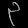
Digit: ၃